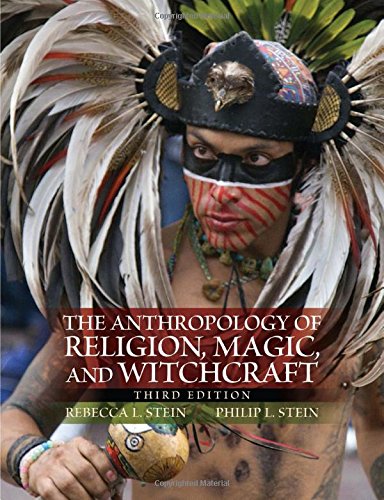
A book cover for The Anthropology of Religion, Magic, and Witchcraft; Rebecca L Stein; Science & Math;